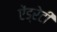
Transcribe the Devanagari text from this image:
ऐंड्रेटी